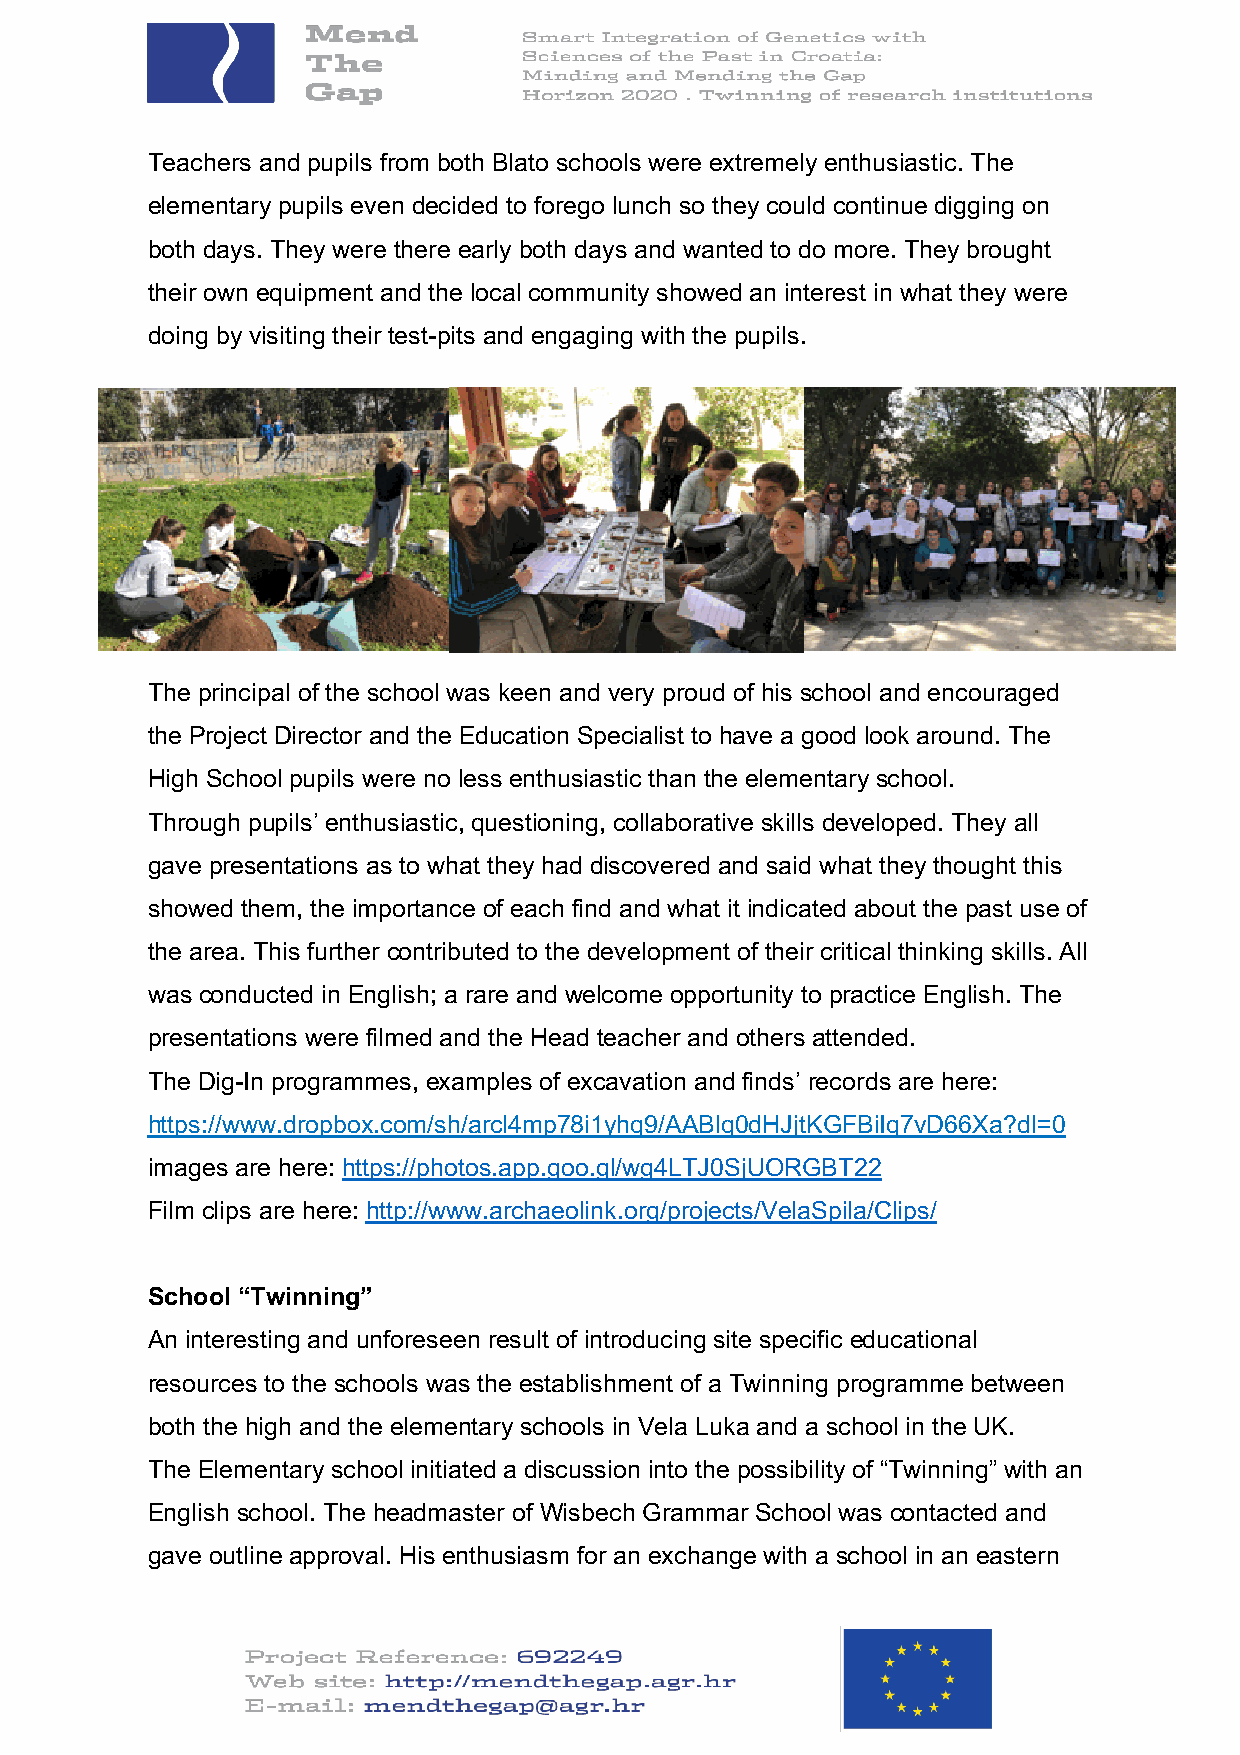
Teachers and pupils from both Blato schools were extremely enthusiastic. The
 elementary pupils even decided to forego lunch so they could continue digging on
 both days. They were there early both days and wanted to do more. They brought
 their own equipment and the local community showed an interest in what they were
 doing by visiting their test-pits and engaging with the pupils.
 The principal of the school was keen and very proud of his school and encouraged
 the Project Director and the Education Specialist to have a good look around. The
 High School pupils were no less enthusiastic than the elementary school.
 Through pupils’ enthusiastic, questioning, collaborative skills developed. They all
 gave presentations as to what they had discovered and said what they thought this
 showed them, the importance of each find and what it indicated about the past use of
 the area. This further contributed to the development of their critical thinking skills. All
 was conducted in English; a rare and welcome opportunity to practice English. The
 presentations were filmed and the Head teacher and others attended.
 The Dig-In programmes, examples of excavation and finds’ records are here:
 https://www.dropbox.com/sh/arcl4mp78i1yhq9/AABlq0dHJjtKGFBiIq7vD66Xa?dl=0
 images are here: https://photos.app.goo.gl/wg4LTJ0SjUORGBT22
 Film clips are here: http://www.archaeolink.org/projects/VelaSpila/Clips/
 School “Twinning”
 An interesting and unforeseen result of introducing site specific educational
 resources to the schools was the establishment of a Twinning programme between
 both the high and the elementary schools in Vela Luka and a school in the UK.
 The Elementary school initiated a discussion into the possibility of “Twinning” with an
 English school. The headmaster of Wisbech Grammar School was contacted and
 gave outline approval. His enthusiasm for an exchange with a school in an eastern